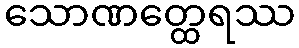
သောဏတ္ထေရဿ